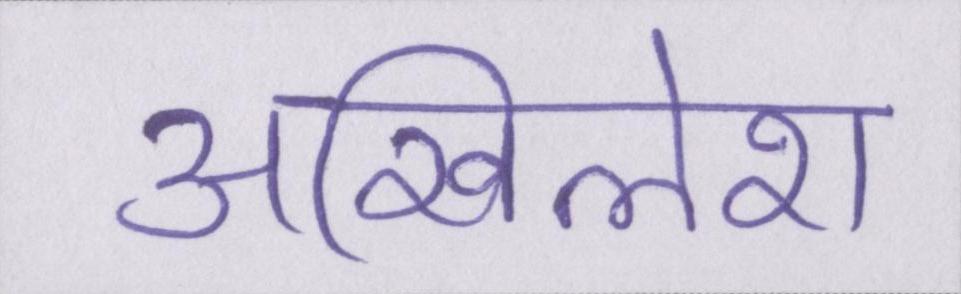
अखिलेश